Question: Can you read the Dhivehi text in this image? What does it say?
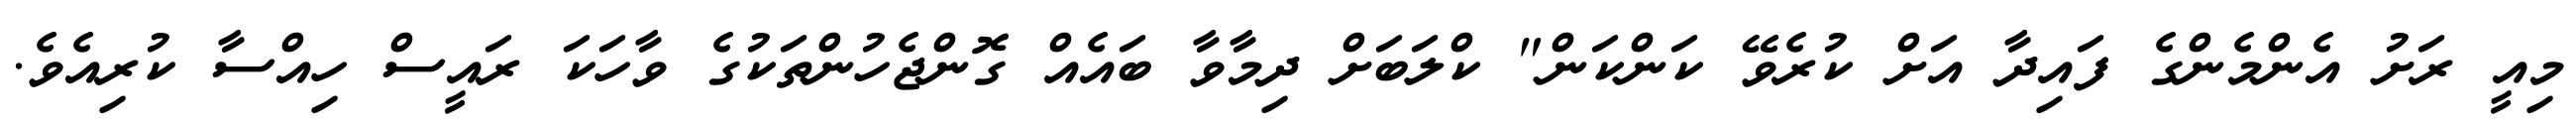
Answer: މިއީ ރަށު އެންމެންގެ ފައިދާ އަށް ކުރެވޭ ކަންކަން" ކްލަބަށް ދިމާވާ ބައެއް ގޮންޖެހުންތަކުގެ ވާހަކަ ރައީސް ހިއްސާ ކުރިއެވެ.